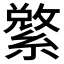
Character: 𱺄